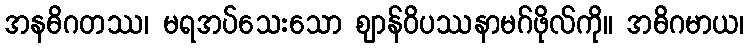
အနဓိဂတဿ၊ မရအပ်သေးသော ဈာန်ဝိပဿနာမဂ်ဖိုလ်ကို။ အဓိဂမာယ၊